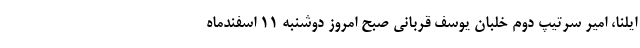
ایلنا، امیر سرتیپ دوم خلبان یوسف قربانی صبح امروز دوشنبه ١١ اسفندماه